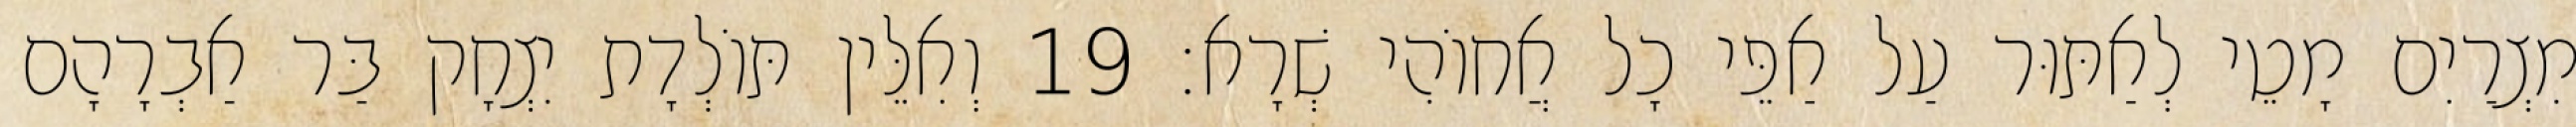
מִצְרַיִם מָטֵי לְאַתּוּר עַל אַפֵּי כָל אֲחוֹהִי שְׁרָא׃ 19 וְאִלֵּין תּוֹלְדָת יִצְחָק בַּר אַבְרָהָם